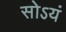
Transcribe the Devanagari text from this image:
सोऽयं